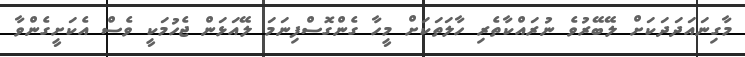
މާގިނައަދަދަކަށް ލޭބޭރުވެ ނުރައްކާތެރި ހާލަތަކަށް މީހާ ގެންގޮސްފިނަމަ ލޭއަޅަން ޖެހުމަކީ ވެސް އެކަށީގެންވާ